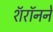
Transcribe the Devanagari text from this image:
शॅरॉनने